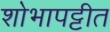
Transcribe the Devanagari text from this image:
शोभापट्टीत